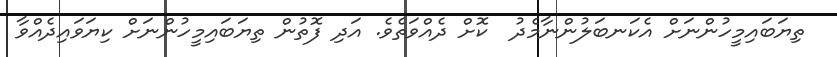
ތިޔަބައިމީހުންނަށް އެކަނބަލުންނާމެދު  ކޮށް ދެއްވަތެވެ. އަދި ފޮތުން ތިޔަބައިމީހުންނަށް ކިޔަވައިދެއްވާ